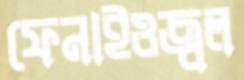
ফেনাইওজ্বল